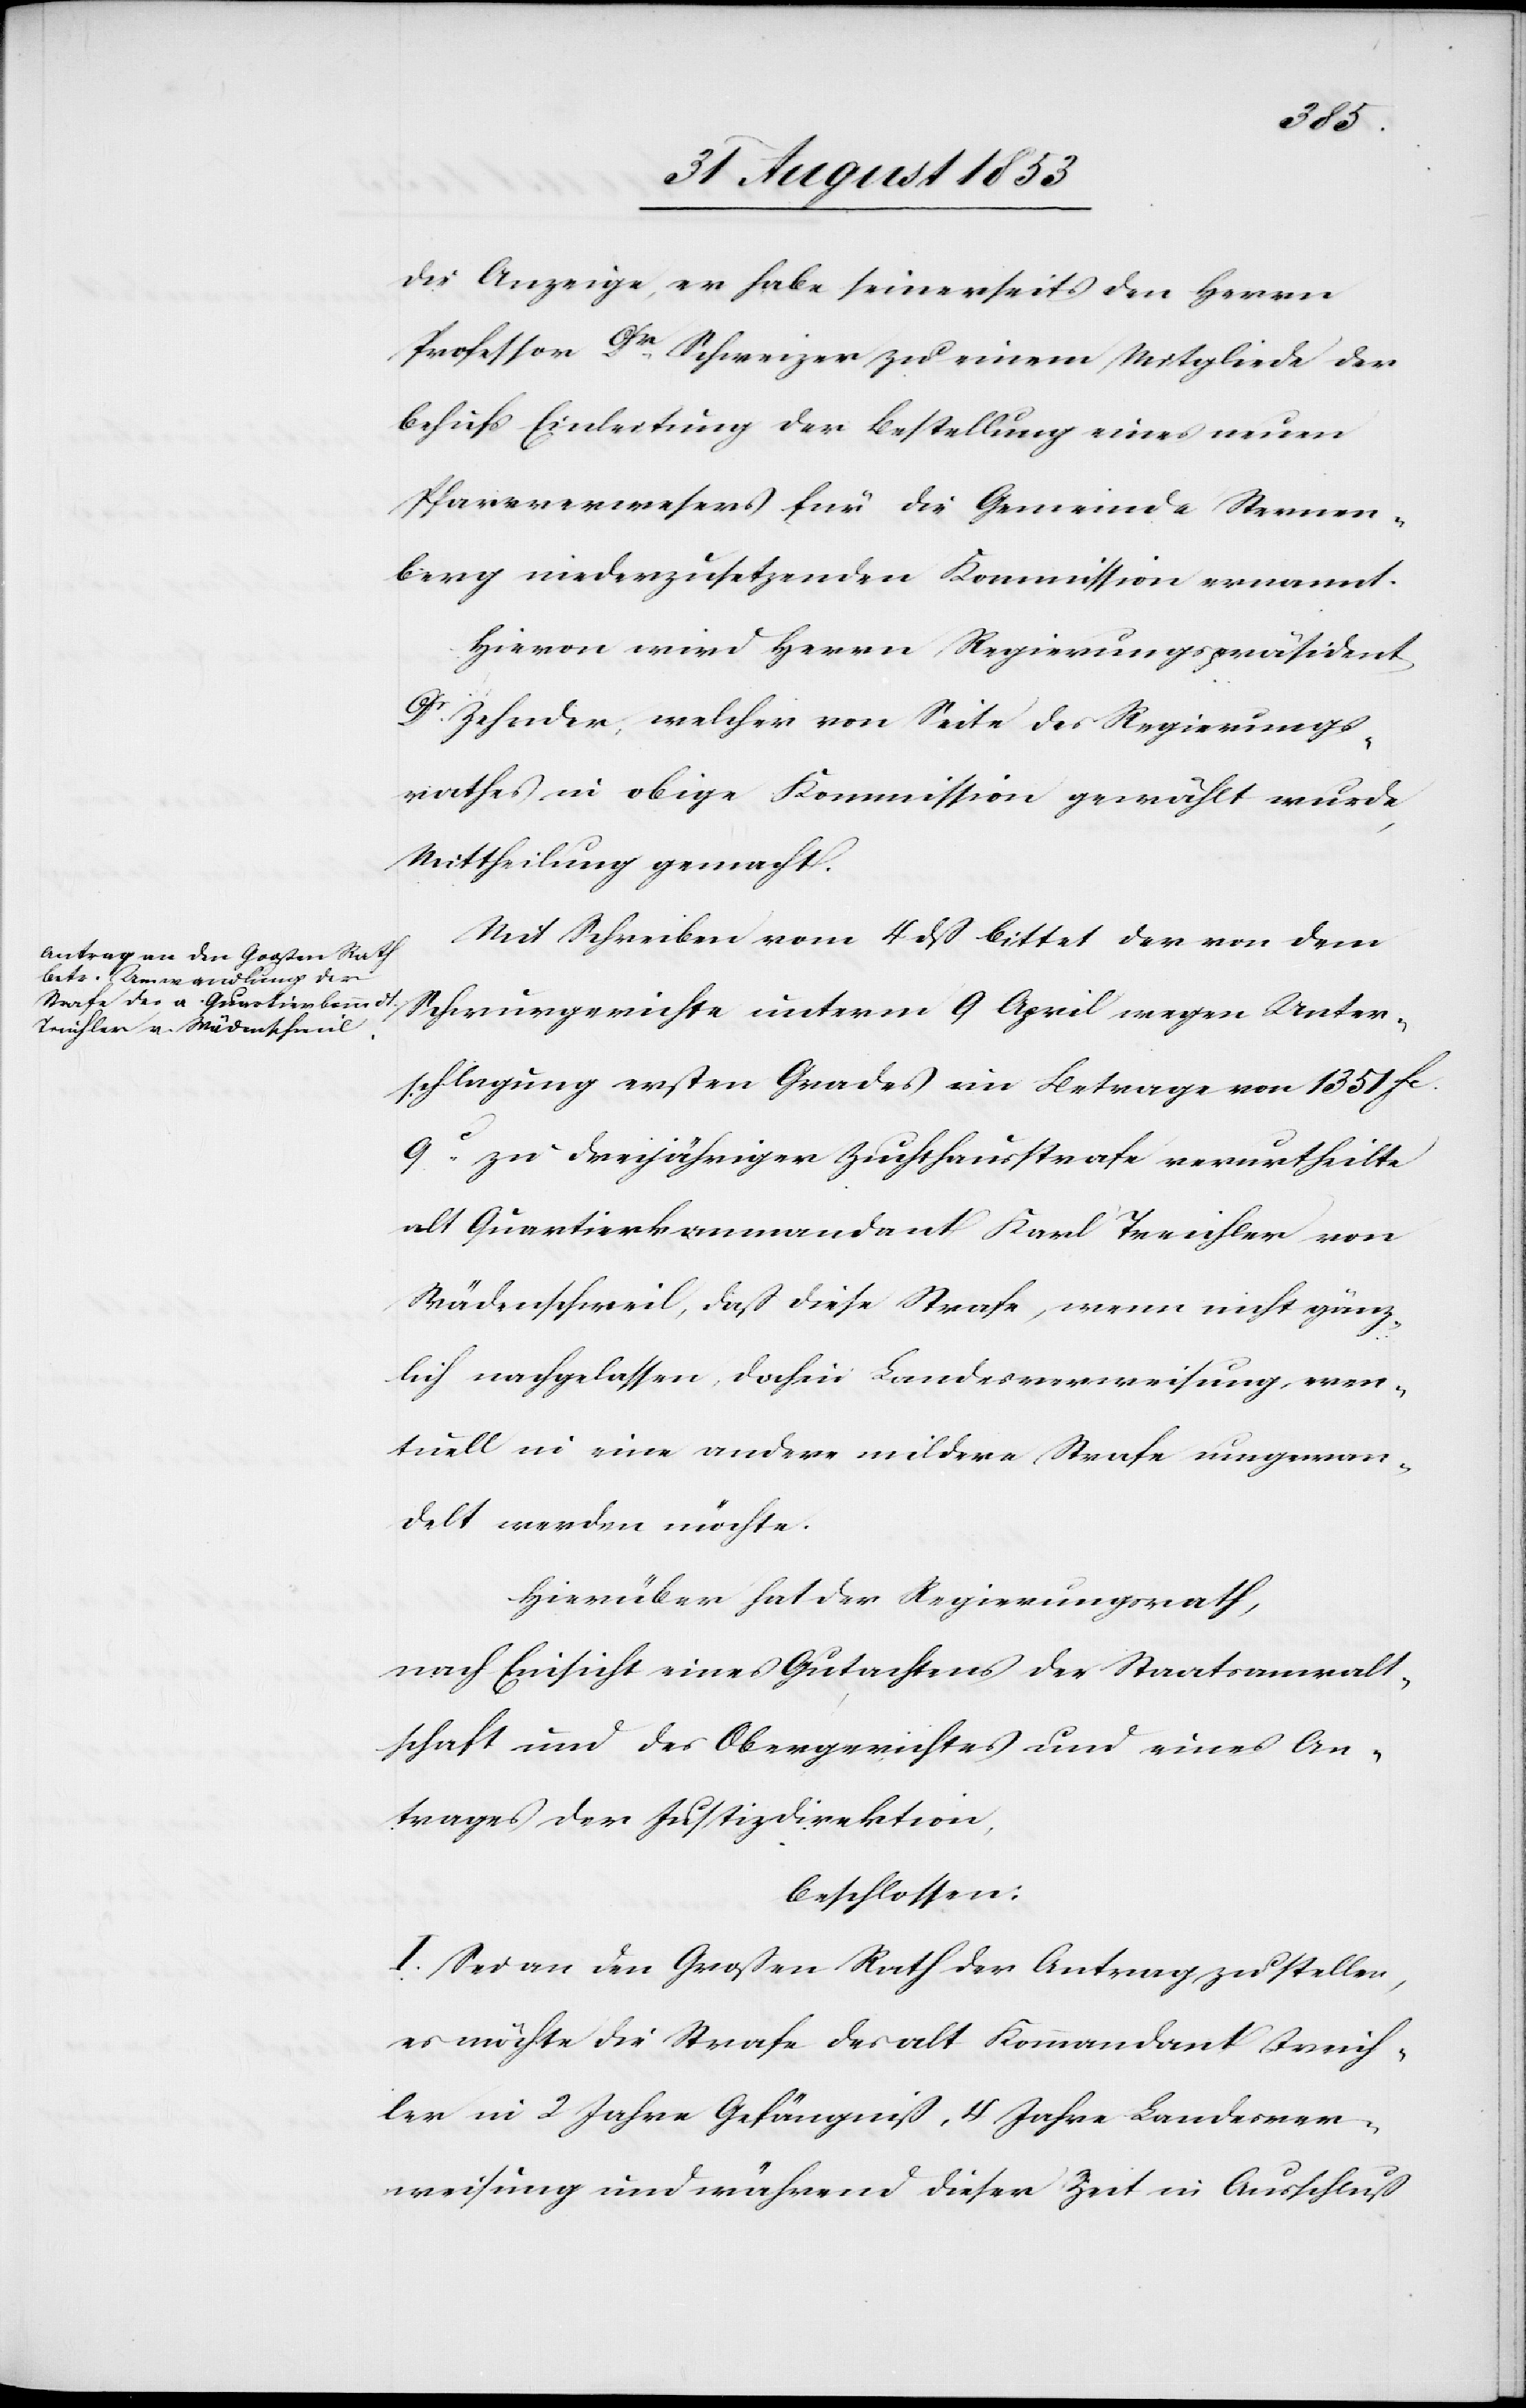
schaft
die Anzeige, er habe seinerseits den Herrn
Professor Dr Schweizer zu einem Mitgliede der
behufs Einleitung der Bestellung eines neuen
Pfarrverwesers für die Gemeinde Sternen¬
An¬
berg niederzusetzenden Kommission ernannt.
Hievon wird Herrn Regierungspräsident
Dr Zehnder, welcher von Seite des Regierungs¬
rathes in obige Kommission gewählt wurde,
Mittheilung gemacht.
Mit Schreiben vom 4 dß bittet der von dem
Schwurgerichte unterm 9 April wegen Unter¬
schlagung ersten Grades im Betrage von 1351 fc
9c zur dreijährigen Zuchthausstrafe verurtheilte
alt Quartierkommandant Karl Treichler von
Wädenschweil, daß diese Strafe, wenn nicht gänz¬
lich nachgelassen, doch in Landesverweigerung even¬
tuell in eine andere mildere Strafe umgewan¬
delt werden möchte.
Hierüber hat der Regierungsrath,
nach Einsicht eines Gutachtens der Staatsanwalt¬
trages der Justizdirektion,
beschlossen:
I. Sei an den Großen Rath der Antrag zu stellen,
es möchte die Strafe des alt Kommandant Treich¬
ler in 2 Jahre Gefängniß, 4 Jahre Landesver¬
weisung und während dieser Zeit in Ausschluß